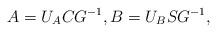
LaTeX: \begin{align*}A = U_A C G^{-1},B = U_B S G^{-1},\end{align*}